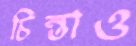
চিন্তাও